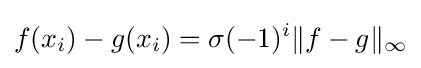
f(x_{i})-g(x_{i})=\sigma (-1)^{i}\|f-g\|_{\infty }